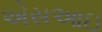
એસઆઇ